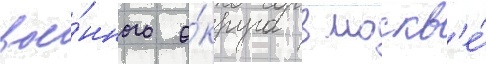
вое́нного о́круга в москв'е́